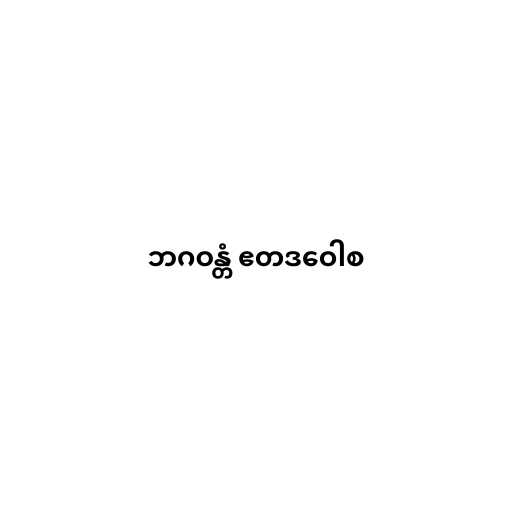
ဘဂဝန္တံ ဧတဒဝေါစ